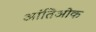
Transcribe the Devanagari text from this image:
आंतिओक